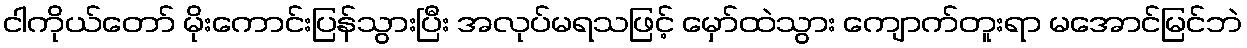
ငါကိုယ်တော် မိုးကောင်းပြန်သွားပြီး အလုပ်မရသဖြင့် မှော်ထဲသွား ကျောက်တူးရာ မအောင်မြင်ဘဲ